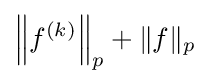
\left\|f^{(k)}\right\|_{p}+\|f\|_{p}